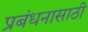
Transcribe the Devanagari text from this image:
प्रबंधनासाठी